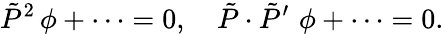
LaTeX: \tilde{P}^{2}\, \phi+\cdots=0,\quad\tilde{P}\cdot\tilde{P}^{\prime}\, \, \phi+\cdots=0.